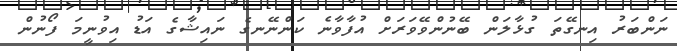
ނަންބަރު އިނގޭތަ ގުޅާލަން ބޭނުންވޭވަރަށް އުފާވާނެ ކަންނޭނގެ ނައިޝާގެ އަޑު އިވުނީމަ ފޯނުން